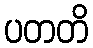
ပတတိ